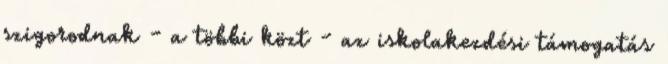
szigorodnak - a többi közt - az iskolakezdési támogatás